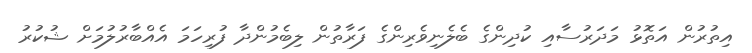
އިތުރުން އަތޮޅު މަދަރުސާއި ކުދިންގެ ބެލެނިވެރިންގެ ފަރާތުން ލިބެމުންދާ ފުރިހަމަ އެއްބާރުލުމަށް ޝުކުރު